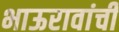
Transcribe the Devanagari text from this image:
भाऊरावांची